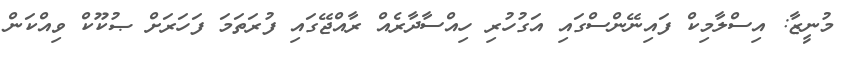
މުނީޒާ: އިސްލާމިކް ފައިނޭންސްގައި އަގުހުރި ހިއްސާދާރެއް ރާއްޖޭގައި ފުރަތަމަ ފަހަރަށް ޞުކޫކް ވިއްކަން